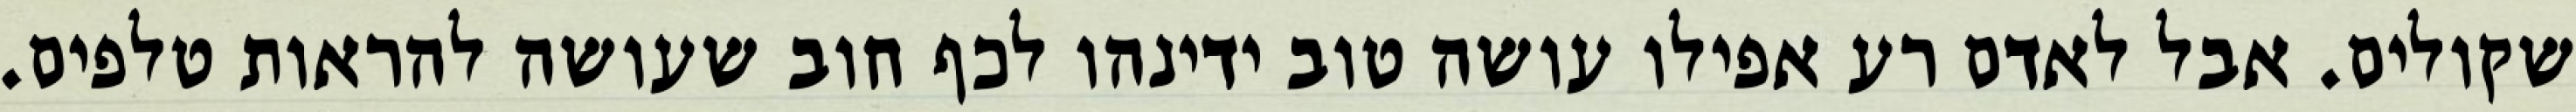
שקולים. אבל לאדם רע אפילו עושה טוב ידינהו לכף חוב שעושה להראות טלפים.